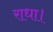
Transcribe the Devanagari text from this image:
राधा।